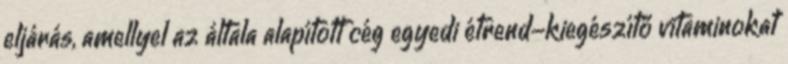
eljárás, amellyel az általa alapított cég egyedi étrend-kiegészítő vitaminokat